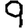
Digit: 9